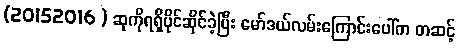
(20152016 ) ဆုကိုရရှိပိုင်ဆိုင်ခဲ့ပြီး မော်ဒယ်လမ်းကြောင်းပေါ်က တဆင့်